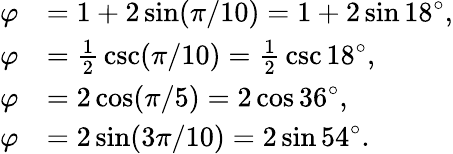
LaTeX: {\begin{array}{rl}{\varphi}&{=1+2\sin(\pi/10)=1+2\sin 18^{\circ},}\\ {\varphi}&{={\frac{1}{2}}\csc(\pi/10)={\frac{1}{2}}\csc 18^{\circ},}\\ {\varphi}&{=2\cos(\pi/5)=2\cos 36^{\circ},}\\ {\varphi}&{=2\sin(3\pi/10)=2\sin 54^{\circ}.}\end{array}}